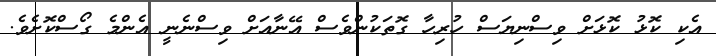
އެކި ކޮޅު ކޮޅަށް ވިސްނިޔަސް ހުރިހާ ގޮތަކުންވެސް އޭނާއަށް ވިސްނެނީ އެންމެ ގޯސްކޮށެވެ.